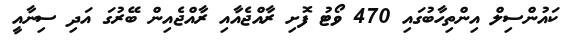
ކައުންސިލް އިންތިހާބުގައި 470 ވޯޓު ފޮށި ރާއްޖެއާއި ރާއްޖެއިން ބޭރުގަ އަދި ސިނާއީ